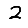
Digit: 2